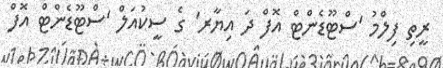
ރީތި ފިލްމު 'ސްޓޫޑެންޓް އޮފް ދަ އިޔާރ' ގެ ސީކުއަލް 'ސްޓޫޑެންޓް އޮފް